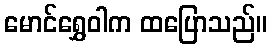
မောင်ရွှေဝါက ထပြောသည်။